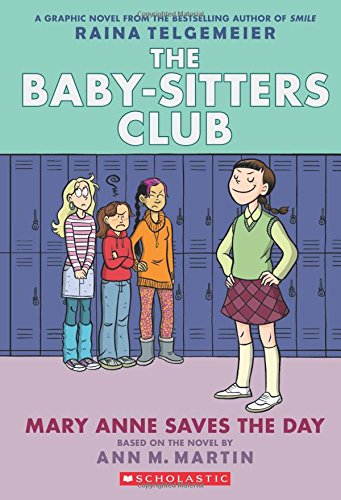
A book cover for Mary Anne Saves the Day: Full-Color Edition (The Baby-Sitters Club Graphix #3); Ann  M. Martin; Children's Books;